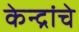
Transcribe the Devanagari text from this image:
केन्द्रांचे